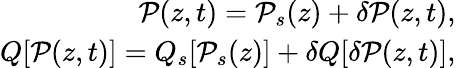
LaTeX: \begin{array}{r}{\mathcal{P}(z,t)=\mathcal{P}_{s}(z)+\delta\mathcal{P}(z,t),}\\ {Q[\mathcal{P}(z,t)]=Q_{s}[\mathcal{P}_{s}(z)]+\delta Q[\delta\mathcal{P}(z,t)],}\end{array}